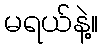
မရယ်နဲ့။